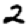
Digit: 2